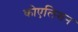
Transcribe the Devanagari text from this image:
कोएलिशन